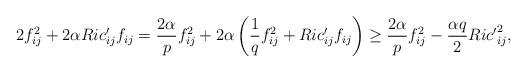
LaTeX: \begin{align*}2f_{ij}^{2}+2\alpha Ric'_{ij}f_{ij}&=\frac{2\alpha}{p}f_{ij}^{2}+2\alpha\left(\frac{1}{q}f_{ij}^{2}+ Ric'_{ij}f_{ij}\right)\geq\frac{2\alpha}{p}f_{ij}^{2}-\frac{\alpha q}{2}{Ric'}_{ij}^{2}, \end{align*}